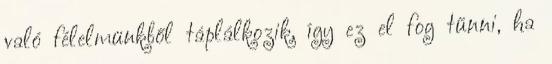
való félelmünkből táplálkozik, így ez el fog tűnni, ha